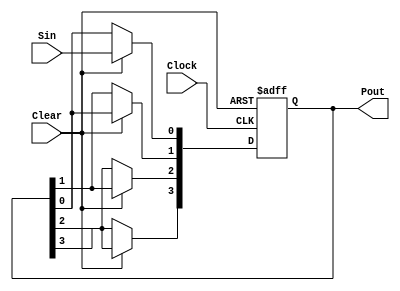
// Module Name:    SIPO_Shift_Register 

module SIPO_Shift_Register(Sin,Pout,Clock,Clear);
	input Sin,Clock,Clear;
	output reg [3:0] Pout;
	always@(posedge Clock or negedge Clear)
	begin
		if(!Clear)
			Pout <= 4'b0;
		else if(Clear)
		begin
			Pout[3] <= Pout[2];
			Pout[2] <= Pout[1];
			Pout[1] <= Pout[0];
			Pout[0] <= Sin;
		end
	end
endmodule